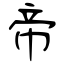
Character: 帝